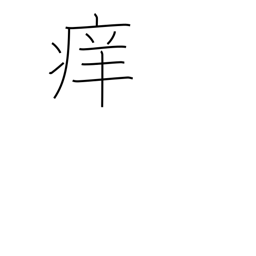
Meaning: itchy